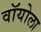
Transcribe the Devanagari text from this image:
वॉयोला